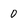
Character: 0